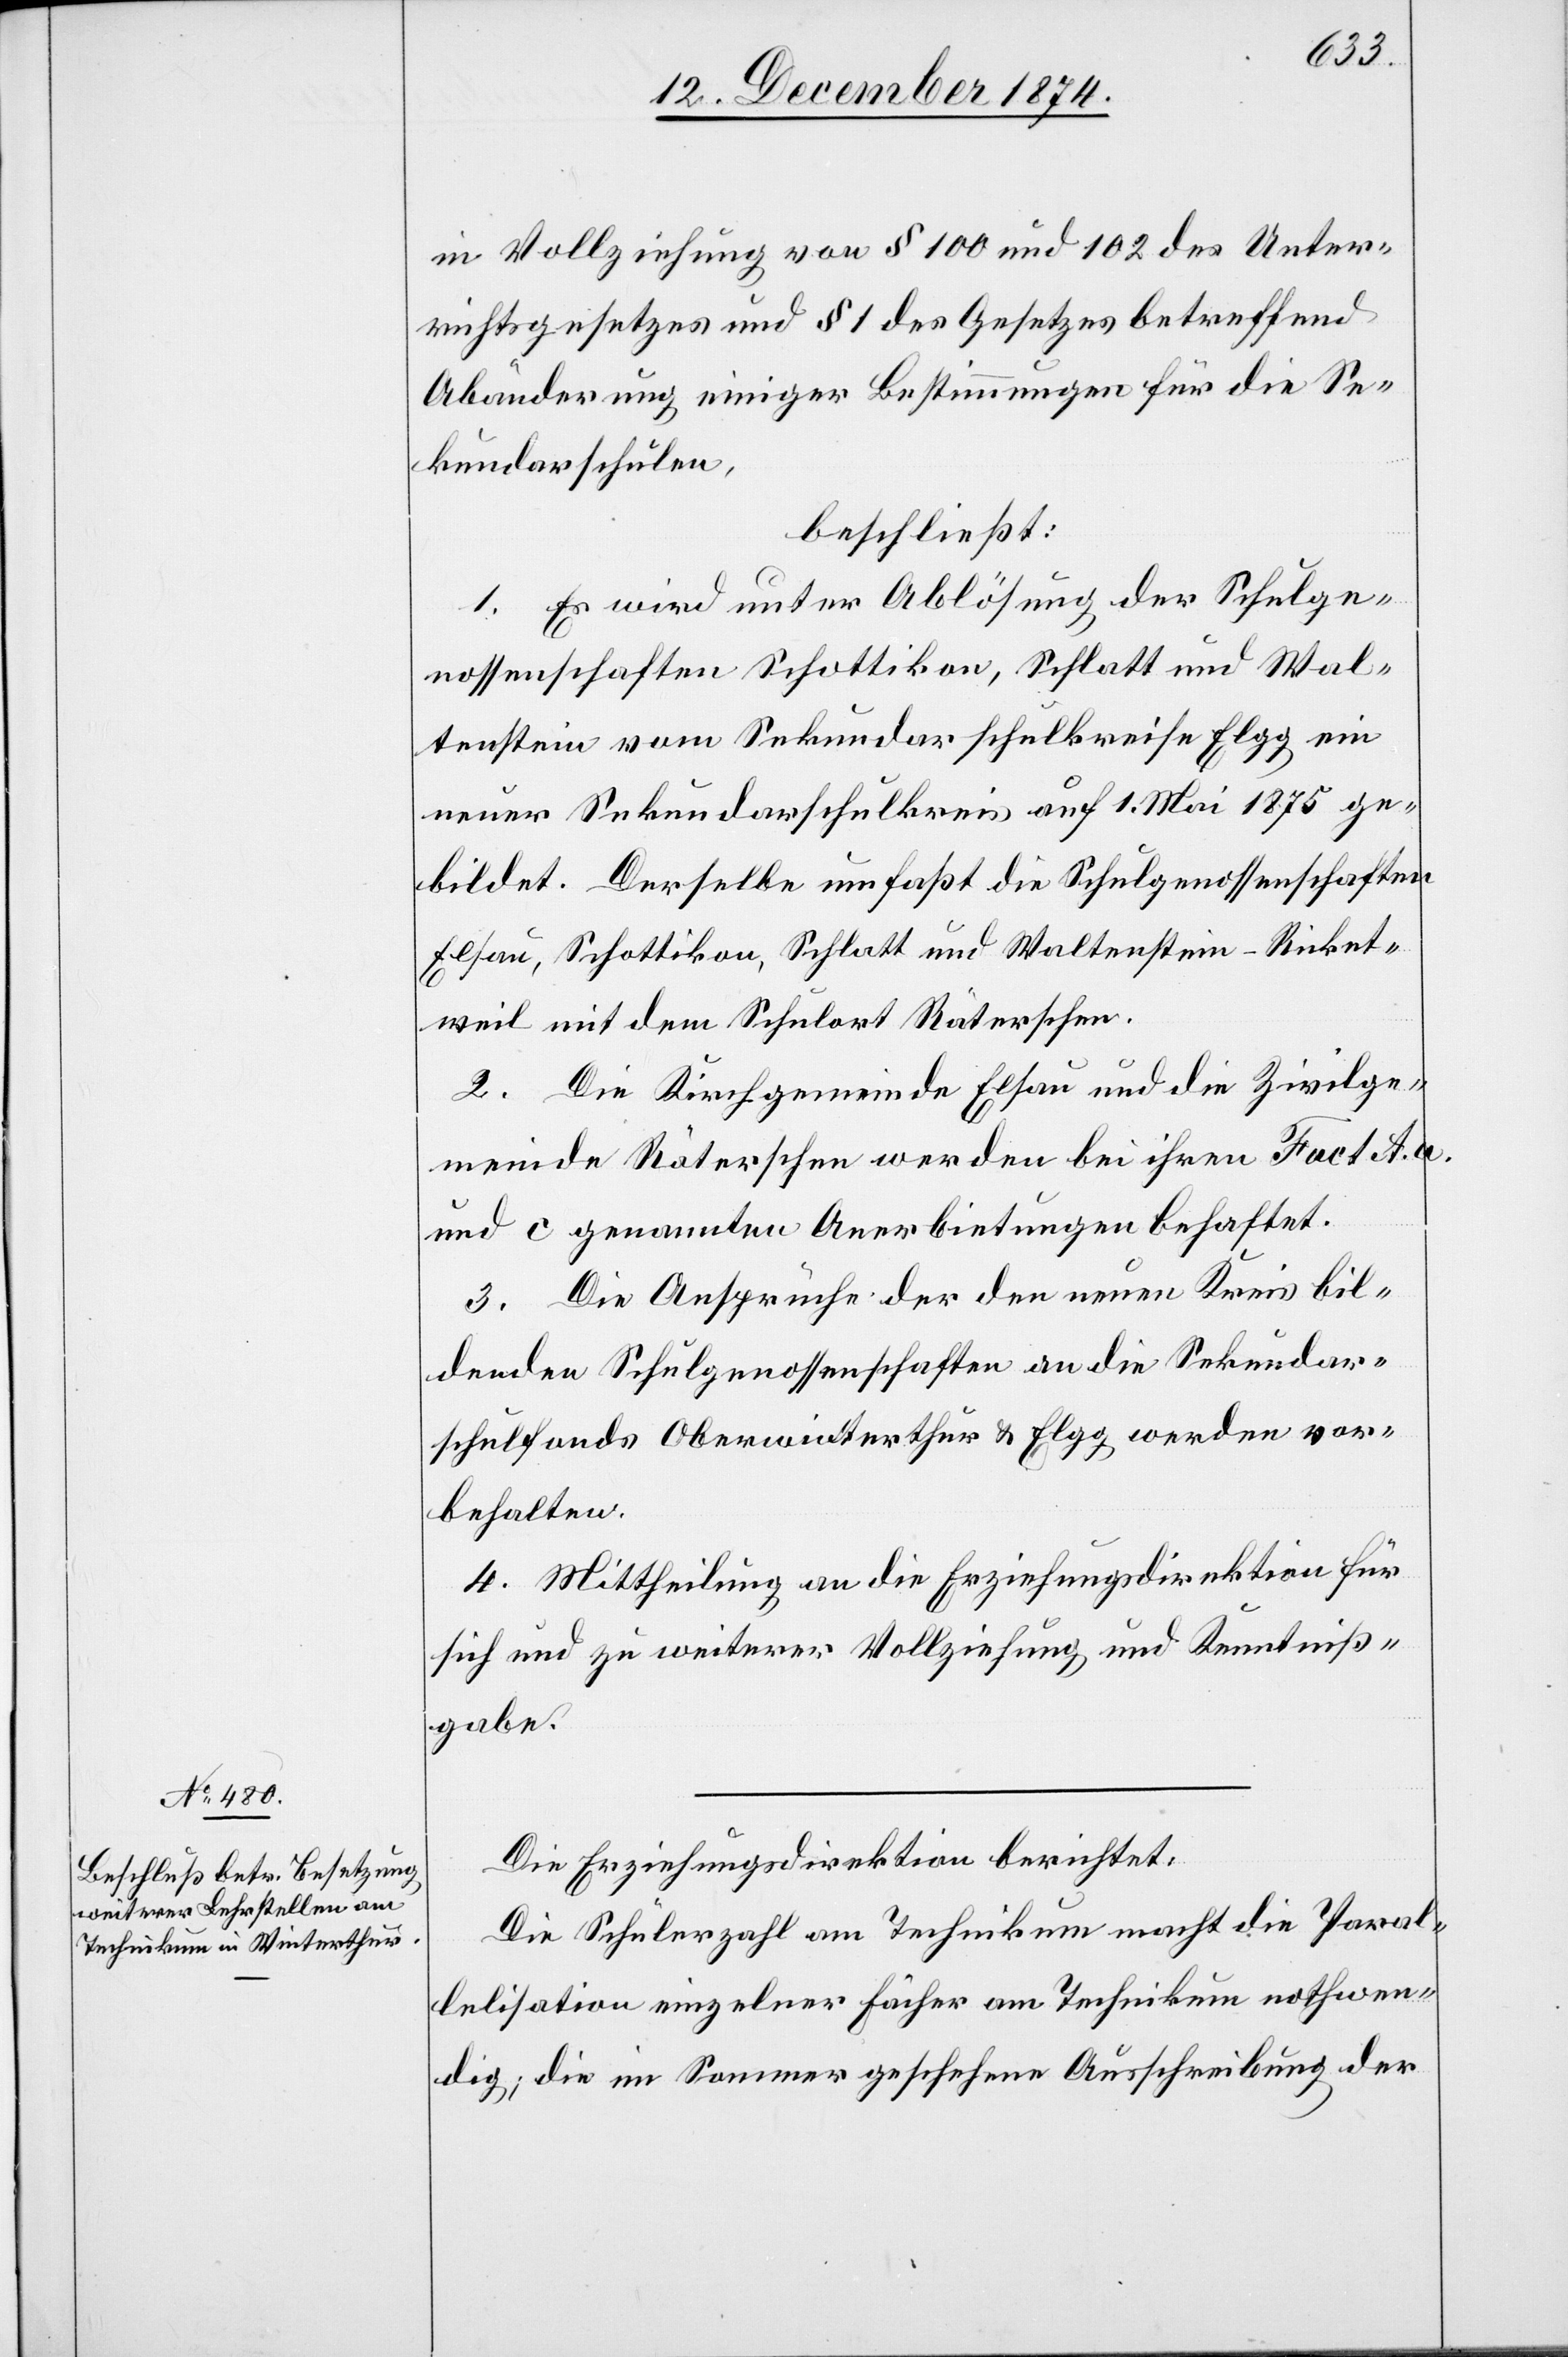
in Vollziehung von § 100 und 102 des Unter¬
richtsgesetzes und § 1 des Gesetzes betreffend
Abänderung einiger Bestimmungen für die Se¬
kundarschulen,
beschließt:
1. Es wird unter Ablösung der Schulge¬
nossenschaften Schottikon, Schlatt und Wal¬
tenstein vom Sekundarschulkreise Elgg ein
neuer Sekundarschulkreis auf 1. Mai 1875 ge¬
bildet. Derselbe umfaßt die Schulgenossenschaften
Elsau, Schottikon, Schlatt und Waltenstein-Ricket¬
weil mit dem Schulort Räterschen.
2. Die Kirchgemeinde Elsau und die Zivilge¬
meinde Räterschen werden bei ihrem Fact. A. a.
und c genannten Anerbietungen behaftet.
3. Die Ansprüche der den neuen Kreis bil¬
denden Schulgenossenschaften an die Sekundar¬
schulfonds Oberwinterthur & Elgg werden vor¬
behalten.
4. Mittheilung an die Erziehungsdirektion für
sich und zu weiterer Vollziehung und Kenntniß¬
gabe.
Die Erziehungsdirektion berichtet:
Die Schülerzahl am Technikum macht die Paral¬
lelisation einzelner Fächer am Technikum nothwen¬
dig; die im Sommer geschehenen Ausschreibung der